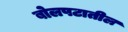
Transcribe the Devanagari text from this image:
बोलपटातील